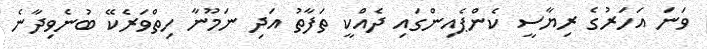
ވަނަ އަހަރުގެ ރިޔާސީ ކެންޕެއިންގައި ދެއްކީ ތަފާތު އަދި ނަމޫނާ ހިތްވަރެކޭ ބުނެވިދާނެ